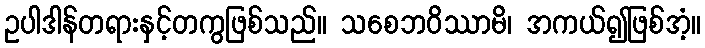
ဥပါဒါန်တရားနှင့်တကွဖြစ်သည်။ သစေဘဝိဿာမိ၊ အကယ်၍ဖြစ်အံ့။